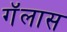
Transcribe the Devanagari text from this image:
गॅलास